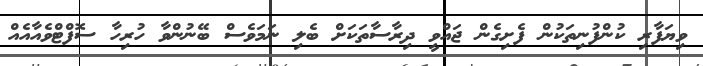
ވިޔަފާރި ކުންފުނިތަކުން ފެށިގެން ޖައްވީ ދިރާސާތަކަށް ބެލި ނަމަވެސް ބޭނުންވާ ހުރިހާ ސޮފްޓްވެއާއެއް